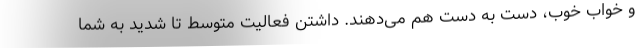
و خواب خوب، دست به دست هم می‌دهند. داشتن فعالیت متوسط تا شدید به شما